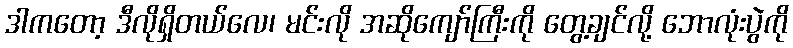
ဒါကတော့ ဒီလိုရှိတယ်လေ၊ မင်းလို အဆိုကျော်ကြီးကို တွေ့ချင်လို့ ဘောလုံးပွဲကို